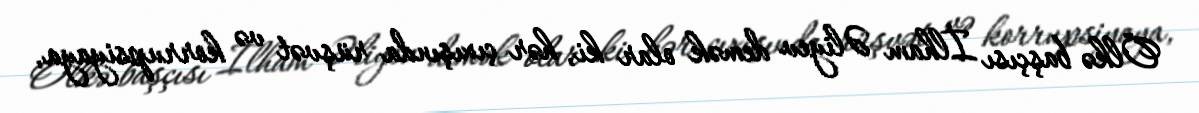
Ölkə başçısı İlham Əliyev demək olar ki, hər çıxışında rüşvət və korrupsiyaya,